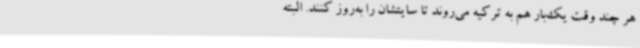
هر چند وقت یک‌بار هم به ترکیه می‌روند تا سایتشان را به‌روز کنند. البته